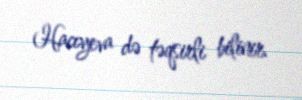
Hacıyeva də təqsirli bilinir.